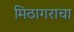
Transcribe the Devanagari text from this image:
मिठागराचा